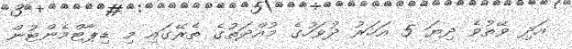
އަދި ވޭތުވެ ދިޔަ 5 އަހަރު ދުވަހުގެ މުއްދަތުގެ ތެރޭގައި މި ޑިޕާޓްމެންޓުން